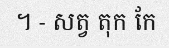
។ - សត្វ តុក កែ